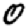
Digit: 0